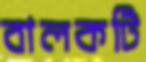
বালকটি